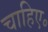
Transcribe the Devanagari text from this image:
चाहिए॰